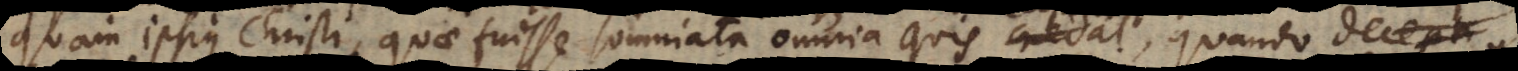
quam ipsius Christi, quae fuisse somniata omnia quis capiat, quando